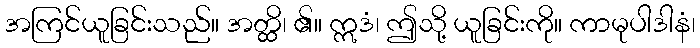
အကြင်ယူခြင်းသည်။ အတ္ထိ၊ ၏။ ဣဒံ၊ ဤသို့ ယူခြင်းကို။ ကာမုပါဒါနံ၊